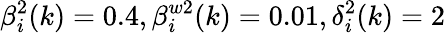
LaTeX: \beta_{i}^{2}(k)=0.4,\beta_{i}^{w2}(k)=0.01,\delta_{i}^{2}(k)=2